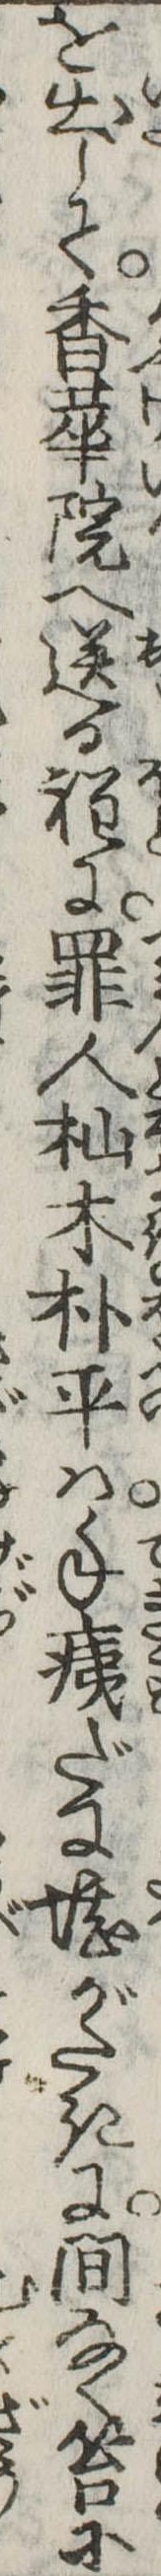
を出して香華院へ送る程に罪人杣木朴平は手痍だに堪がたきに間なく笞に